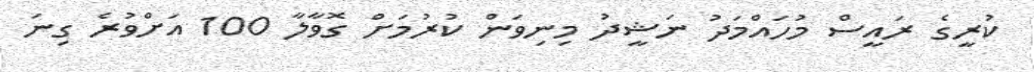
ކުރީގެ ރައީސް މުހައްމަދު ނަޝީދު މިނިވަން ކުރުމަށް ގޮވާލާ 100 އަށްވުރެ ގިނަ